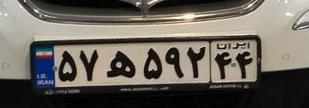
۵۷ه۵۹۲۴۴